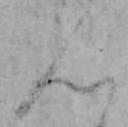
ん